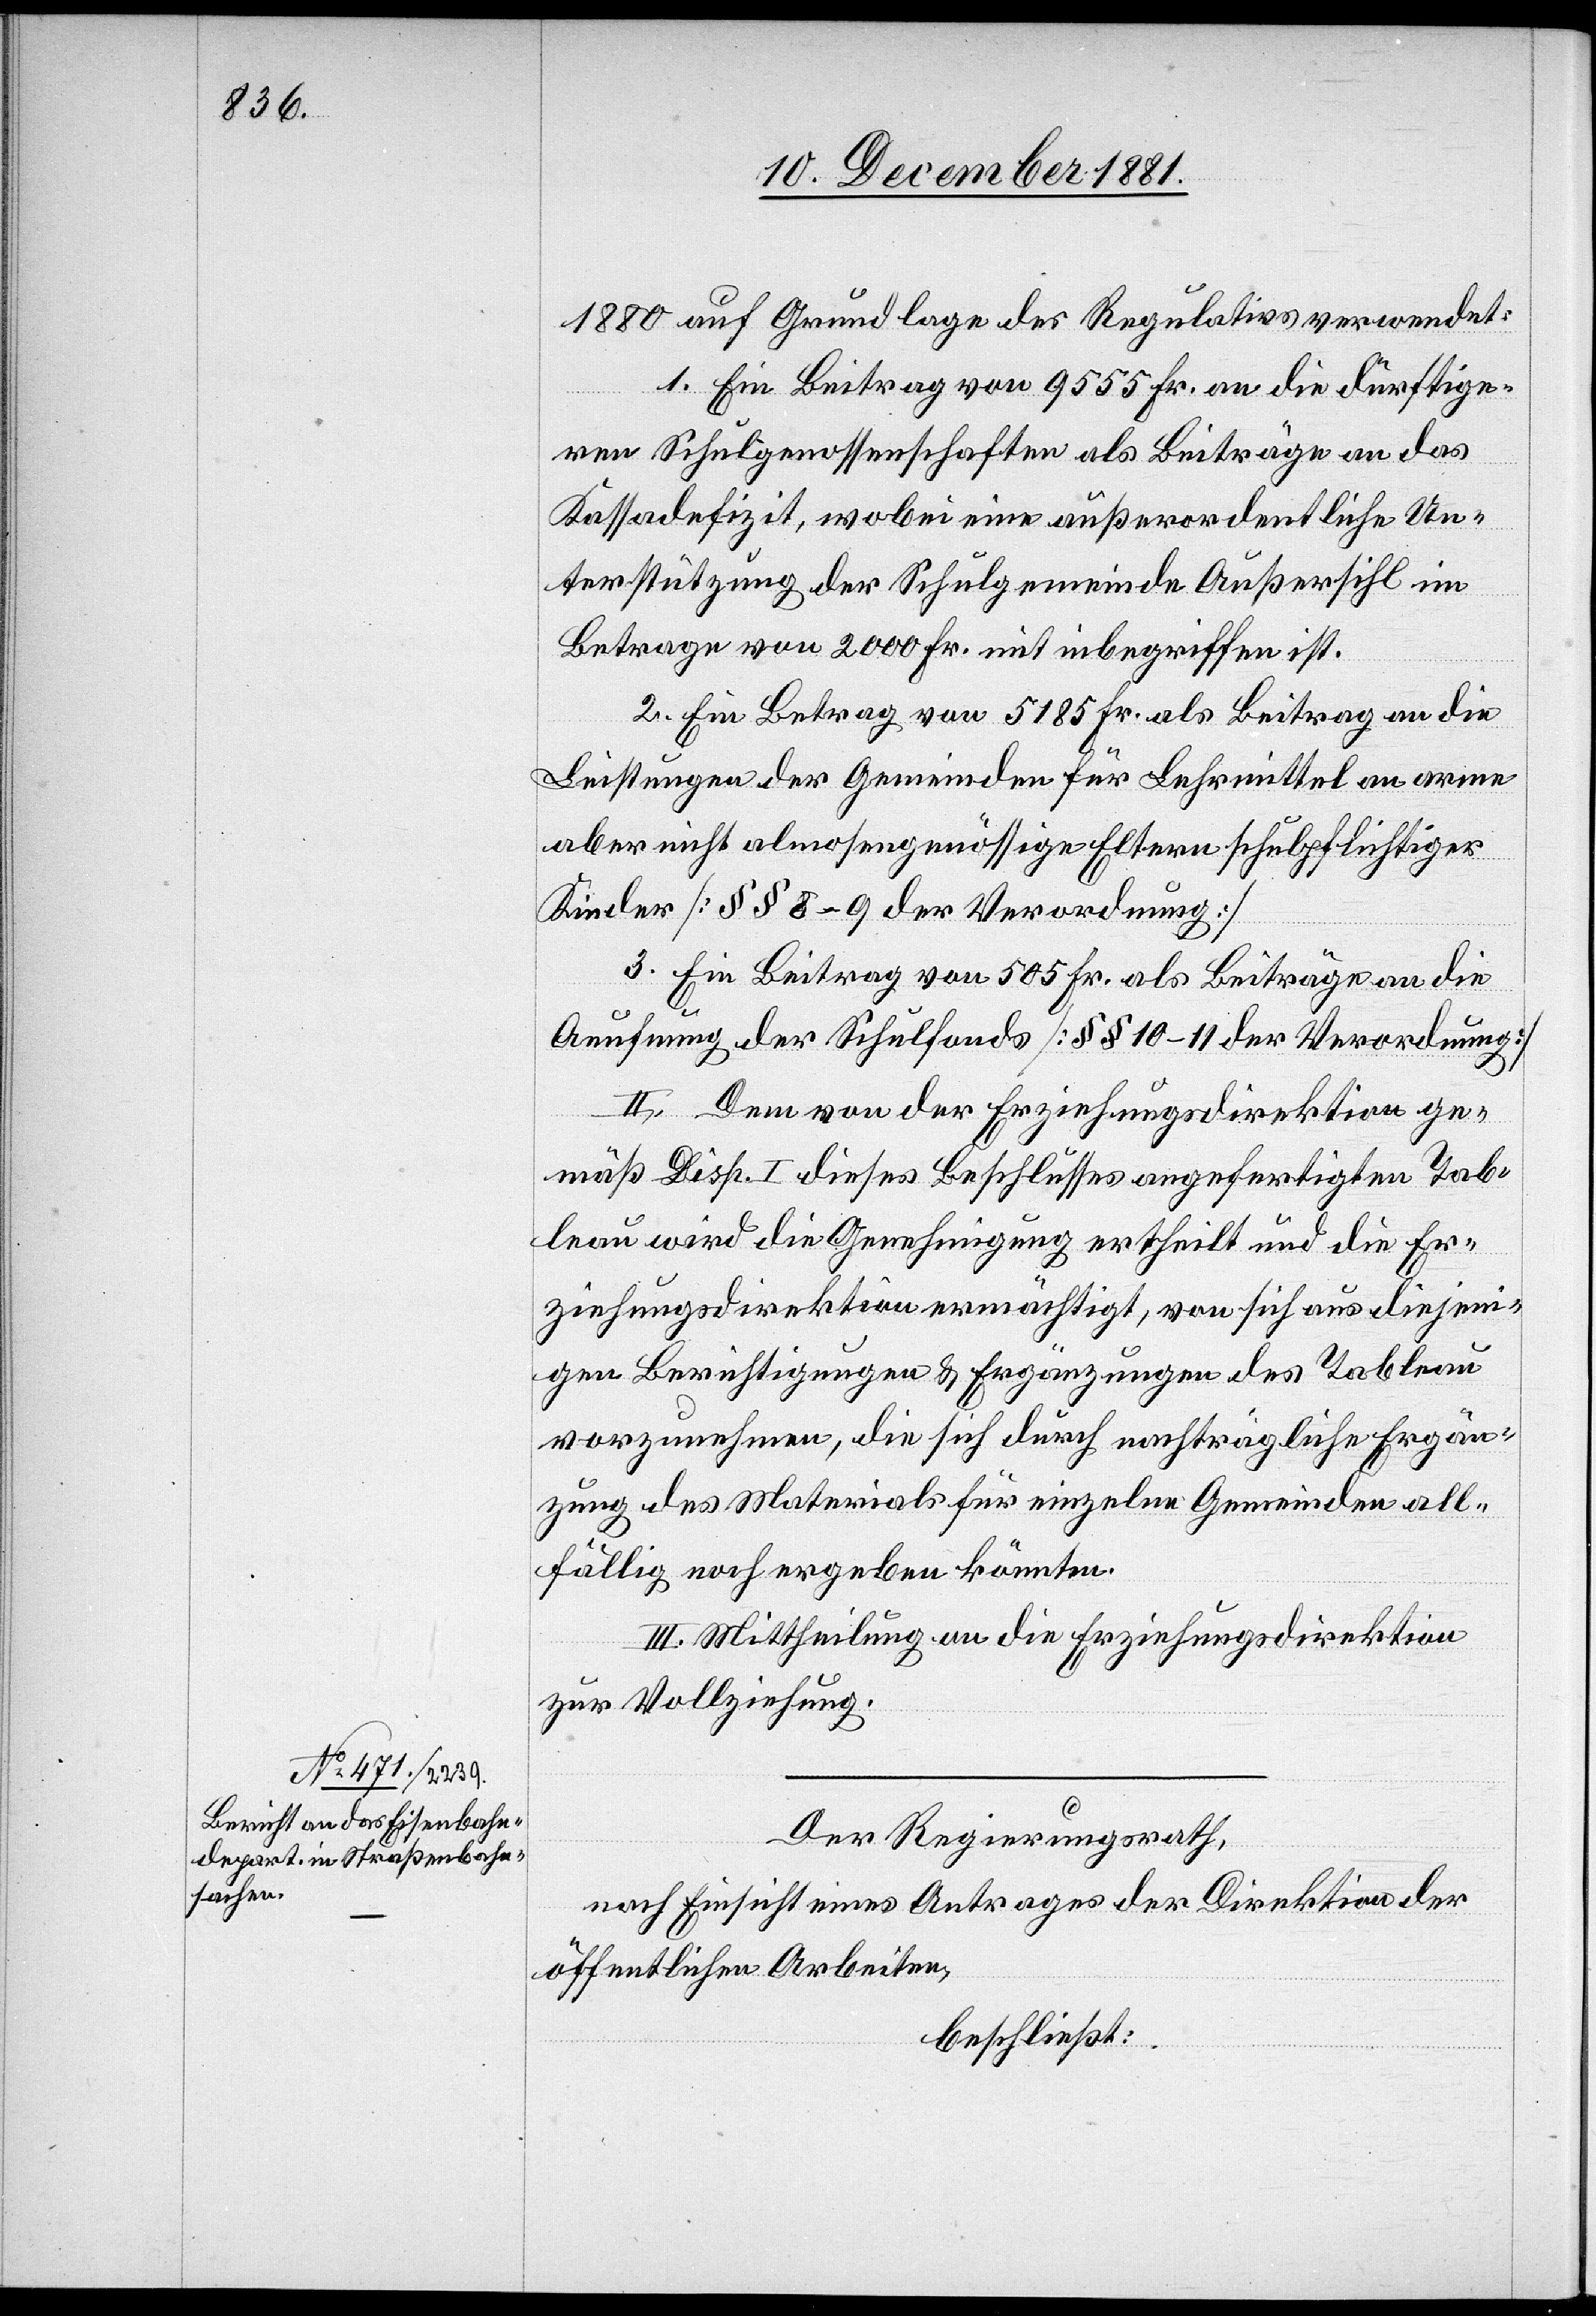
1880 auf Grundlage des Regulativs verwendet:
1. Ein Beitrag von 9555 Fr. an die dürftige¬
ren Schulgenossenschaften als Beiträge an das
Kassadefizit, wobei eine außerordentliche Un¬
terstützung der Schulgemeinde Außersihl im
Betrage von 2000 Fr. mit inbegriffen ist.
2. Ein Betrag von 5185 Fr. als Beitrag an die
Leistungen der Gemeinde für Lehrmittel an arme
aber nicht almosengenössige Eltern schulpflichtiger
Kinder [§§ 8–9 der Verordnung]
3. Ein Beitrag von 505 Fr. als Beiträge an die
Aeufnung der Schulfonds [§§ 10–11 der Verordnung]
II. Dem von der Erziehungsdirektion ge¬
mäß Disp. I dieses Beschlusses angefertigten Tab¬
leau wird die Genehmigung ertheilt und die Er¬
ziehungsdirektion ermächtigt, von sich aus diejeni¬
gen Berichtigungen & Ergänzungen des Tableau
vorzunehmen, die sich durch nachträgliche Ergän¬
zung des Materials für einzelne Gemeinden all¬
fällig noch ergeben könnten.
III. Mittheilung an die Erziehungsdirektion
zur Vollziehung.
Der Regierungsrath,
nach Einsicht eines Antrages der Direktion der
öffentlichen Arbeiten,
beschließt: